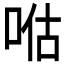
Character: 𱒴